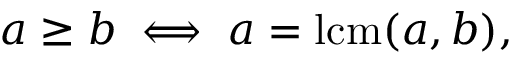
a \geq b \iff a = \operatorname { l c m } ( a , b ) ,